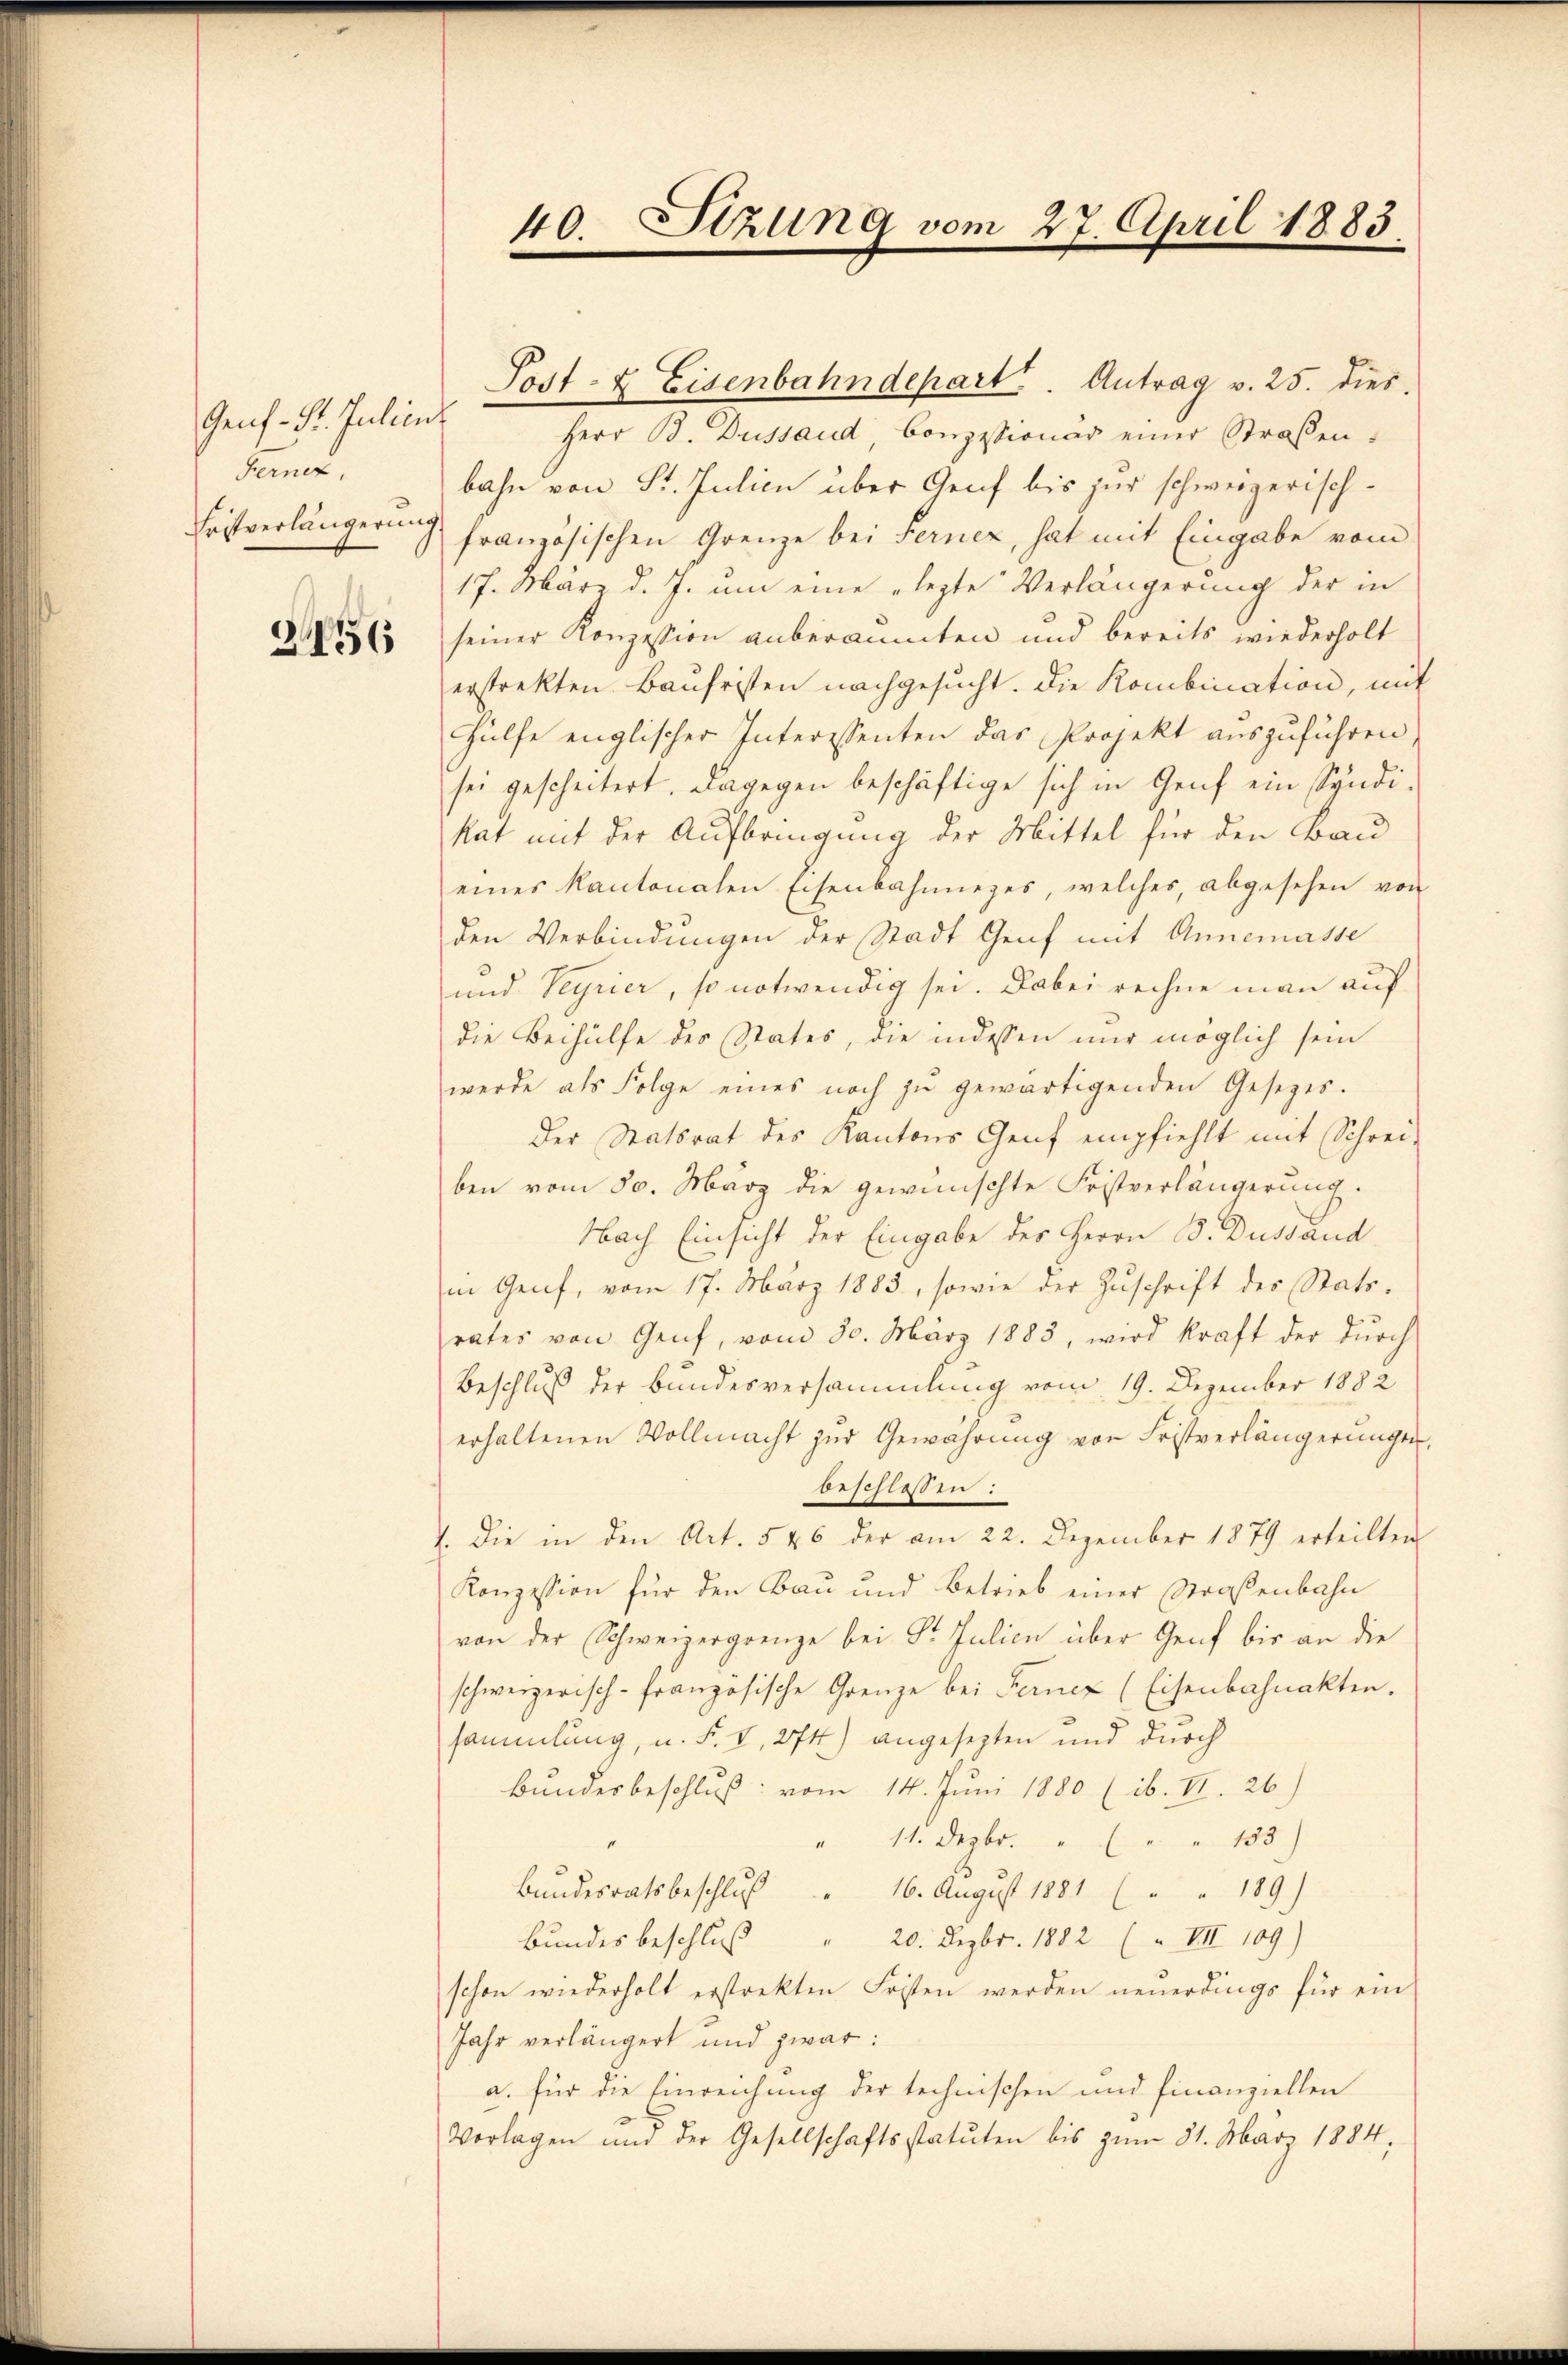
Genf. St. Julien
Fernez.
Eristverlängerung

2456

Herr B. Dussaud, Conzessionar einer Straßen.
bahn von St. Julien über Genf bis zur schweizerischfranzösischen Grenze bei Ferner, hat mit Eingabe vom
17. März d. J. um eine „lezte Verlängerung der in
seiner Konzession anberaumten und bereits wiederholt
erstrekten Baufristen nachgesucht. Die Kombination, mit
Hülfe englischer Interessenten das Projekt auszuführen,
sei gescheitert. Dagegen beschäftige sich in Genf ein Syndi-
kat mit der Aufbringung der Mittel für den Bau-
eines kantonalen Eisenbahnneges, welches, abgesehen von
den Verbindungen der Stadt Genf mit Annemasse
und Veyrier, so notwendig sei. Dabei rechne man auf
die Beihülfe des Status, die indessen nur möglich sein
werde als Folge eines noch zŭ gewärtigenden Gesezes.
Der Statsrat des Kantons Genf empfiehlt mit Schrei-
ben vom 30. März die gewünschte Fristverlängerung.
Nach Einsicht der Eingabe des Herrn B. Dussand
in Genf, vom 17. März 1883, sowie der Zŭschrift des Stats-
rates von Genf, vom 30. März 1883, wird kraft der dŭrch
Beschluß der Bundesversammlung vom 19. Dezember 1882
erhaltenen Vollmacht zur Gewährung von Fristverlängerungen,
beschlossen:
). Die in den Art. 546 der am 22. Dezember 1879 erteilten
Konzession für den Bau und Betrieb einer Straßenbahn
von der Schweizergrenze bei Dr. Julien über Genf bis an die
schweizerisch-französische Grenze bei Ferner (Eisenbahnakten.
sammlung, u. F. V, 274) angesezten und durch
Bundesbeschluß: vom 14. Juni 1880 (ib. II. 26)
" 11. Dezbr. " " " " 153)
Bundesratsbeschluß " 16. August 1881 (" " 189)
Bundesbeschluß " 20. Dezbr. 1882 (" VIII 109)
schon wiederholt erstrekten Fristen werden neuerdings für ein
Jahr verlängert und zwar:
a. für die Einreichung der technischen und finanziellen
Vorlagen und der Gesellschaftsstatuten bis zŭm 31. März 1884,

Stzung vom 27. April 1883.
40

Sost- & Eisenbahndepart. Antrag v. 25. dies